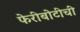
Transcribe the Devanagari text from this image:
फेरीबोटीची